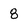
Character: 8